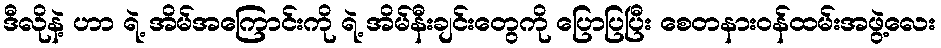
ဒီလိုနဲ့ ဟာ ရဲ့ အိမ်အကြောင်းကို ရဲ့ အိမ်နီးချင်းတွေကို ပြောပြပြီး စေတနားဝန်ထမ်းအဖွဲ့လေး